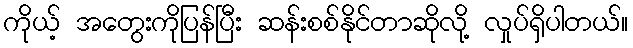
ကိုယ့် အတွေးကိုပြန်ပြီး ဆန်းစစ်နိုင်တာဆိုလို့ လှုပ်ရှိပါတယ်။